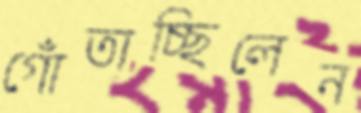
গোঁতাচ্ছিলেন